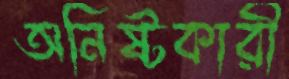
অনিষ্টকারী